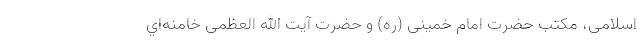
اسلامی، مکتب حضرت امام خمینی (ره) و حضرت آیت الله العظمی خامنه‌اي